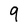
Character: 9